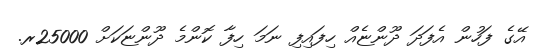
އޭގެ ފަހުން އެފަދަ ދޫންޏެއް ހިފައިފި ނަމަ ހިފާ ކޮންމެ ދޫންޏަކަށް 25000ރ.